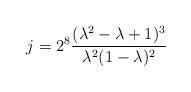
LaTeX: \begin{align*}j=2^8\frac{(\lambda^2-\lambda+1)^3}{\lambda^2(1-\lambda)^2}\end{align*}